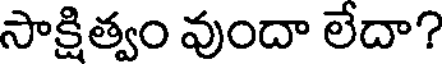
సాక్షిత్వం వుందా లేదా?